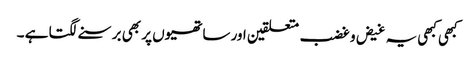
کبھی کبھی یہ غیض و غضب متعلقین اور ساتھیوں پر بھی برسنے لگتا ہے ۔